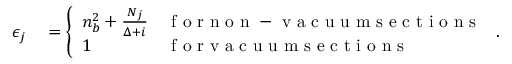
\begin{array} { r l } { \epsilon _ { j } } & { { } = \left\{ \begin{array} { l l } { n _ { b } ^ { 2 } + \frac { N _ { j } } { \Delta + i } } & { \mathrm { ~ f ~ o ~ r ~ n ~ o ~ n ~ - ~ v ~ a ~ c ~ u ~ u ~ m ~ s ~ e ~ c ~ t ~ i ~ o ~ n ~ s ~ } } \\ { 1 } & { \mathrm { ~ f ~ o ~ r ~ v ~ a ~ c ~ u ~ u ~ m ~ s ~ e ~ c ~ t ~ i ~ o ~ n ~ s ~ } } \end{array} \right. . } \end{array}